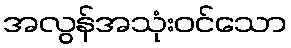
အလွန်အသုံးဝင်သော